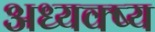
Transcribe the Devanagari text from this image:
अध्यक्ष्य